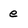
Character: e